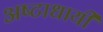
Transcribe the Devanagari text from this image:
अष्‍टाधायी